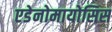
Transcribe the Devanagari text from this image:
एडेनोमायोसिस